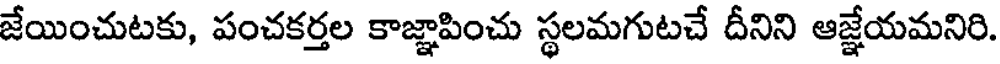
జేయించుటకు, పంచకర్తల కాజ్ఞాపించు స్థలమగుటచే దీనిని ఆజ్ఞేయమనిరి.